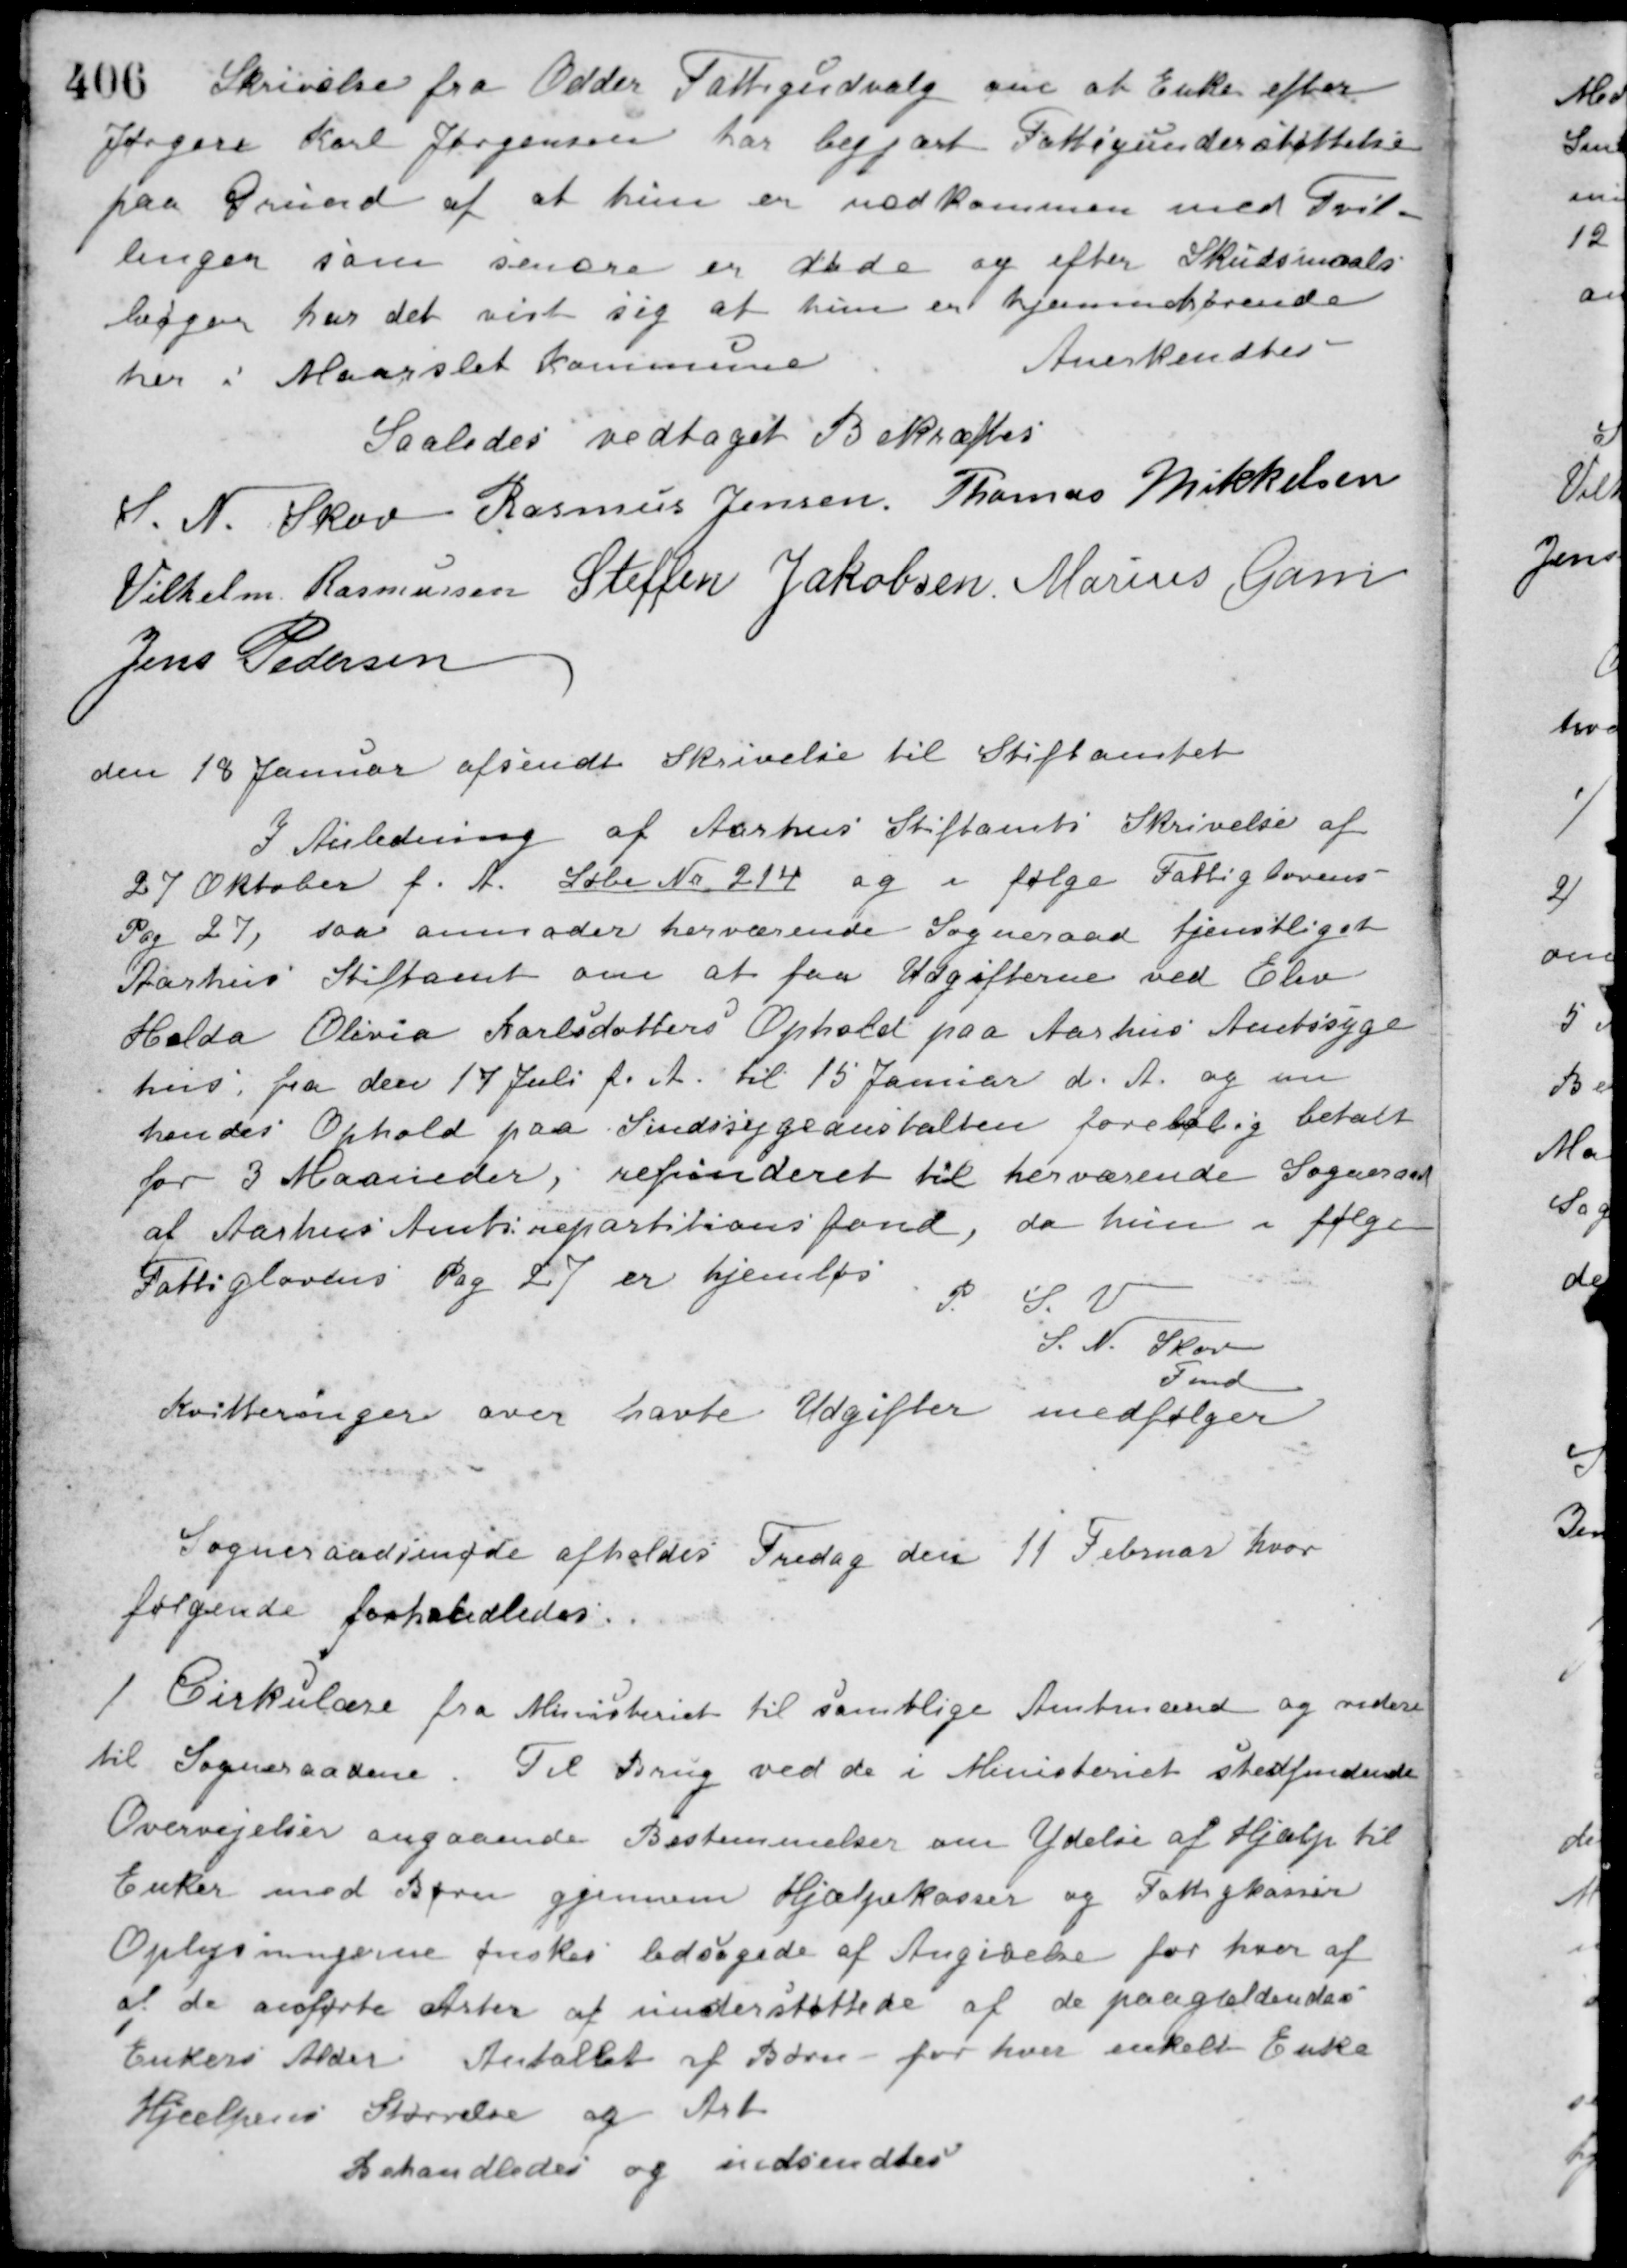
Transskription:
Skrivelse fra Odder Fattigudvalg om at Enke efter
Jørgere Karl Jørgensen har begjært Fattigunderstøttelse
paa Grund af at hun er nedkommen med Tvil-
linger som senere er døde og efter Skudsmaals-
bogen har det vist sig at hun er hjemmehørende
her i Maarslet Kommune
Anerkendtes
Saaledes vedtaget Bekræftes
S. N. Skov Rasmus Jensen Thomas Mikkelsen
Vilhelm Rasmussen Steffen Jakobsen Marius Gam
Jens Pedersen
den 18 Januar afsendt Skrivelse til Stiftamtet
I Anledning af Aarhus Stiftamts Skrivelse af
27 Oktober f. A. Løbe No. 214 og i følge Fattiglovens
Pag 27, saa anmoder herværende Sogneraad tjenstliget
Aarhus Stiftamt om at faa Udgifterne ved Elev
Hilda Olivia Karlsdatters Ophold paa Aarhus Amtssyge-
hus, fra den 17 Juli f. A. til 15 Januar d. A. og en
hendes Ophold paa Sindssygeanstalten foreløbig betalt
for 3 Maaneder, refunderet til herværende Sogneraad
af Aarhus Amtsrepartitionsfond, da hun i følge
Fattiglovens Pag 27 er hjemløs.
P. S. V.
S. N. Skov
Fmd.
Kvitteringer over havte Udgifter medfølger
Sogneraadsmøde afholdes Fredag den 11 Februar hvor
følgende forhandledes:
1. Cirkulære fra Ministeriet til samtlige Amtmænd og videre
til Sogneraadene. Til Brug ved de i Ministeriet stedfindende
Overvejelser angaaende Bestemmelser om Ydelse af Hjælp til
Enker med Børn gjennem Hjælpekasser og Fattigkassen
Oplysningerne ønskes ledsagede af Angivelse for hver af
af de anførte Arter af understøttede af de paagældendes
Enkers Alder Antallet af Børn - for hver enkelt Enke
Hjælpens Størrelse og Art
Behandledes og indsendtes